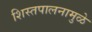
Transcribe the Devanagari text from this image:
शिस्तपालनामुळे